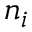
n _ { i }